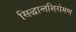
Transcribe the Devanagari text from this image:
सिद्धान्तशिरोमण